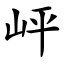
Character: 岼